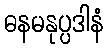
ဓနမနုပ္ပဒါနံ